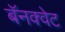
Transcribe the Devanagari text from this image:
बॅनक्वेट